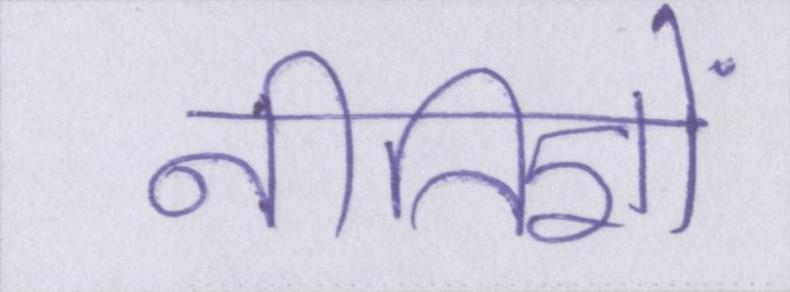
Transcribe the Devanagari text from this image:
नीतिज्ञों